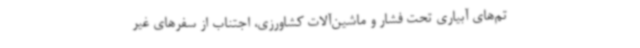
تم‌های آبیاری تحت فشار و ماشین‌آلات کشاورزی، اجتناب از سفرهای غیر